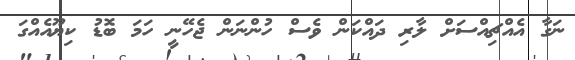
ނަގާ އެއްޗިއްސަށް ލާރި ދައްކަން ވެސް ހުންނަން ޖެހޭނީ ހަމަ ބޮޑު ކިޔޫއެއްގަ